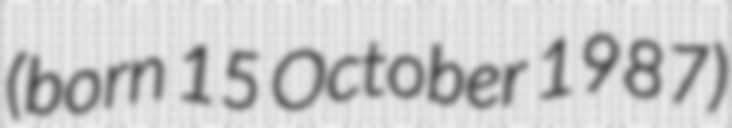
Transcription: (born 15 October 1987)